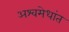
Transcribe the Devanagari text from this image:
अश्वमेधांत